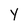
Character: Y